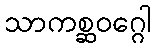
သာကစ္ဆဝဂ္ဂေါ